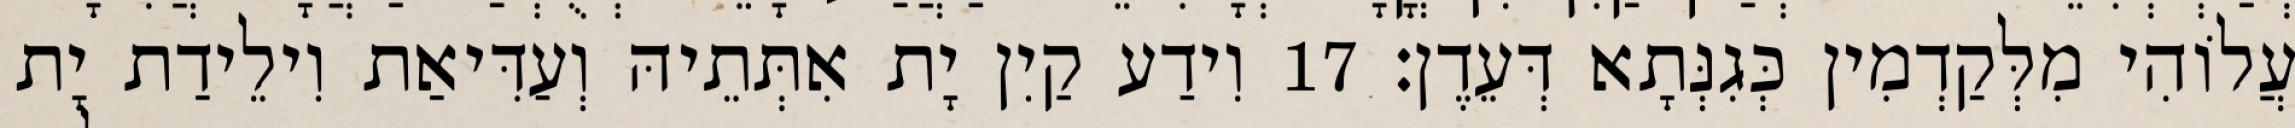
עֲלוֹהִי מִלְּקַדְמִין כְּגִנְּתָא דְּעֵדֶן׃ 17 וִידַע קַיִן יָת אִתְּתֵיהּ וְעַדִּיאַת וִילֵידַת יָת